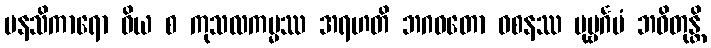
မနသိကာရော ဝိယ စ ကုသလကမ္မဿ အရဟတိ ဘဂဝတော ဝစနဿ ပုဗ္ဗင်္ဂမံ ဘဝိတုန္တိ